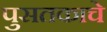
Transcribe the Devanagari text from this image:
पुसतकाचे